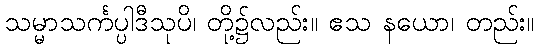
သမ္မာသင်္ကပ္ပါဒီသုပိ၊ တို့၌လည်း။ ဧသ နယော၊ တည်း။